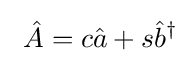
~{\hat {A}}=c{\hat {a}}+s{\hat {b}}^{\dagger }